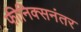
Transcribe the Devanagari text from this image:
फीनिक्सनंतर